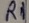
Text: R1